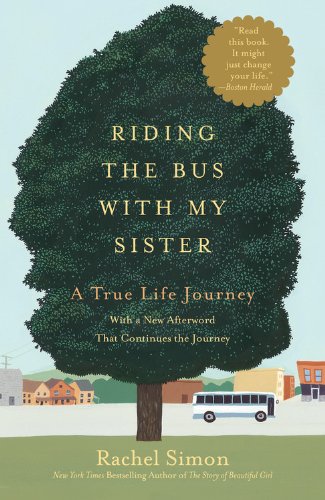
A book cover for Riding the Bus with My Sister; Rachel Simon; Parenting & Relationships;